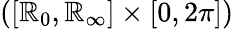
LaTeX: ([\mathbb{R}_{0},\mathbb{R}_{\infty}]\times[0,2\pi])